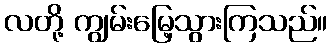
လတို့ ကျွမ်းမြေ့သွားကြသည်။